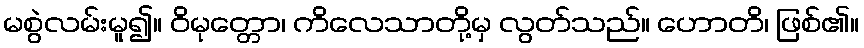
မစွဲလမ်းမူ၍။ ဝိမုတ္တော၊ ကိလေသာတို့မှ လွတ်သည်။ ဟောတိ၊ ဖြစ်၏။